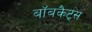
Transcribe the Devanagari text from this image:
बॉबकैट्स